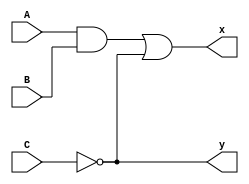

// Data Flow level implementation
module andOrNotDataFlowLevelImplementation(A,B,C,x,y);

input A,B,C;
output x,y;

assign y=~C;
assign x=((A & B) | ~C);

endmodule